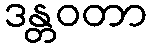
ဒန္တဝတာ